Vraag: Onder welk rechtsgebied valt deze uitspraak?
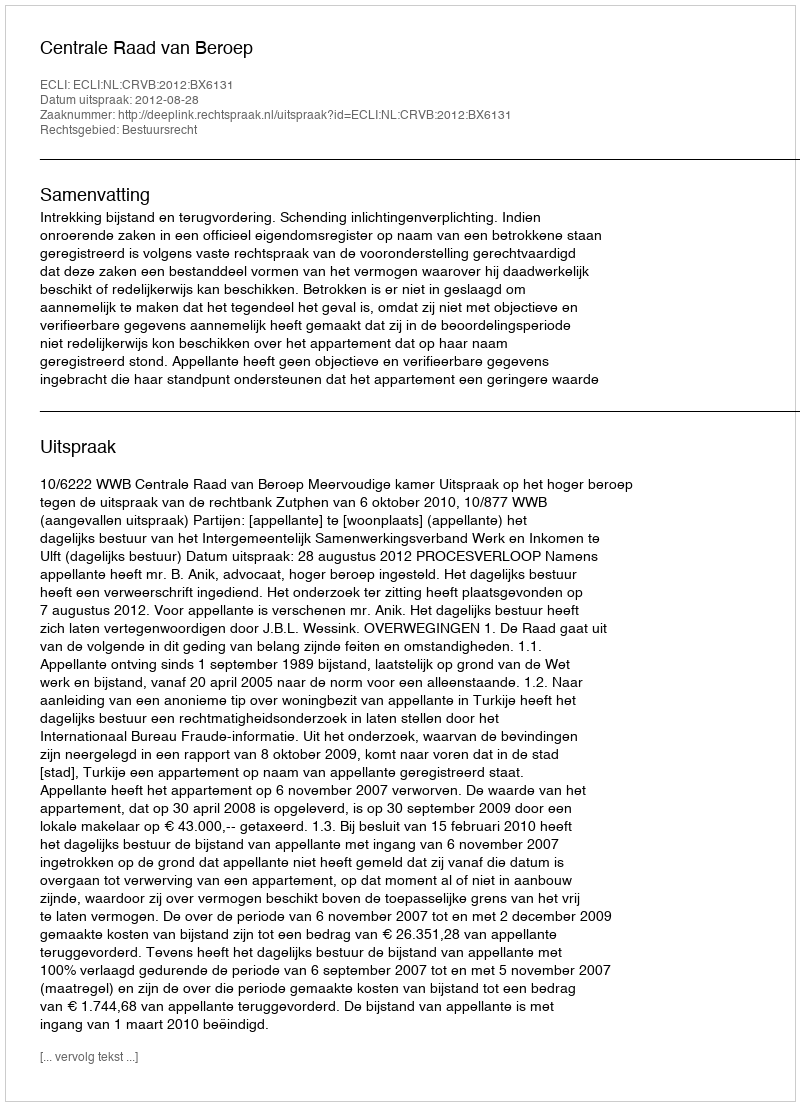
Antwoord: Bestuursrecht